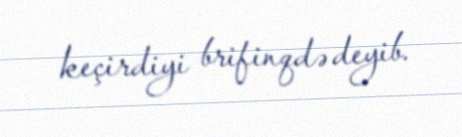
keçirdiyi brifinqdə deyib.